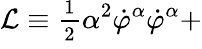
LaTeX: \mathcal{L}\equiv\frac{{_1}}{{^2}}\alpha^{2}\dot{{\varphi}}^{\alpha}\dot{{\varphi}}^{\alpha}+